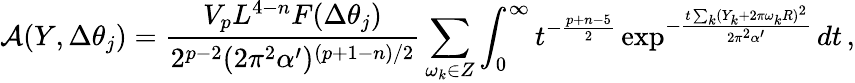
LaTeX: \mathcal{A}(Y,\Delta\theta_{j})=\frac{V_{p}L^{4-n}F(\Delta\theta_{j})}{2^{p-2}(2\pi^{2}\alpha^{\prime})^{(p+1-n)/2}}\sum_{\omega_{k}\in Z}\int_{0}^{\infty}t^{-\frac{p+n-5}{2}}\exp^{-\frac{t\sum_{k}(Y_{k}+2\pi\omega_{k}R)^{2}}{2\pi^{2}\alpha^{\prime}}}dt\, ,